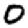
Digit: 0